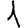
Digit: 1